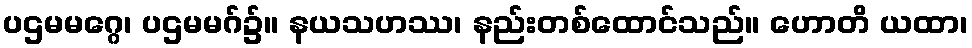
ပဌမမဂ္ဂေ၊ ပဌမမဂ်၌။ နယသဟဿ၊ နည်းတစ်ထောင်သည်။ ဟောတိ ယထာ၊